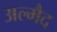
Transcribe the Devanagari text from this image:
अल्मैद